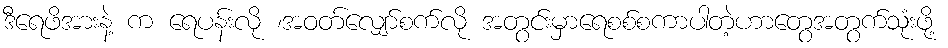
ဒီရေဖိအားနဲ့ က ရေပန်းလို ၊အဝတ်လျှော်စက်လို အတွင်းမှာရေစစ်စကာပါတဲ့ဟာတွေအတွက်သုံးဖို့